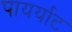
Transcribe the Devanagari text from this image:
पायर्याट